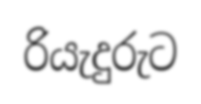
රියැදුරුට